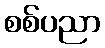
စစ်ပညာ